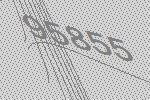
95855